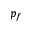
p _ { f }